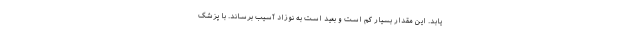
یابد. این مقدار بسیار کم است و بعید است به نوزاد آسیب برساند. با پزشک